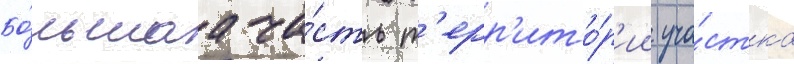
Бо́льшаа ча́сть т'ерр'ито́р'ии уча́стка